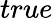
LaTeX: true